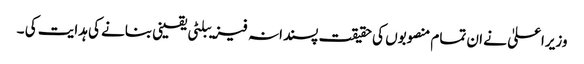
وزیراعلیٰ نے ان تمام منصوبوں کی حقیقت پسندانہ فیزیبلٹی یقینی بنانے کی ہدایت کی ۔